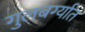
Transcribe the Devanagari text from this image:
गुलबर्ग्यात